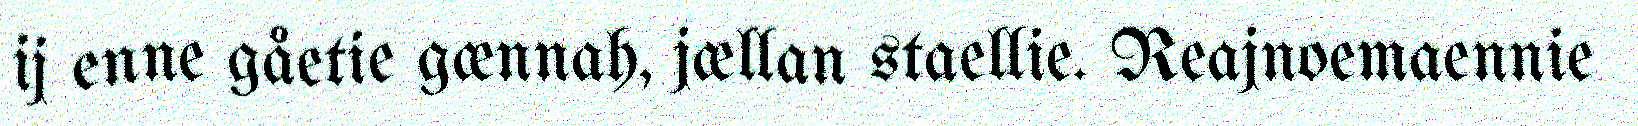
ij enne gåetie gænnah, jællan staellie. Reajnoemaennie